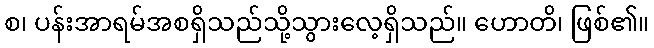
စ၊ ပန်းအာရမ်အစရှိသည်သို့သွားလေ့ရှိသည်။ ဟောတိ၊ ဖြစ်၏။